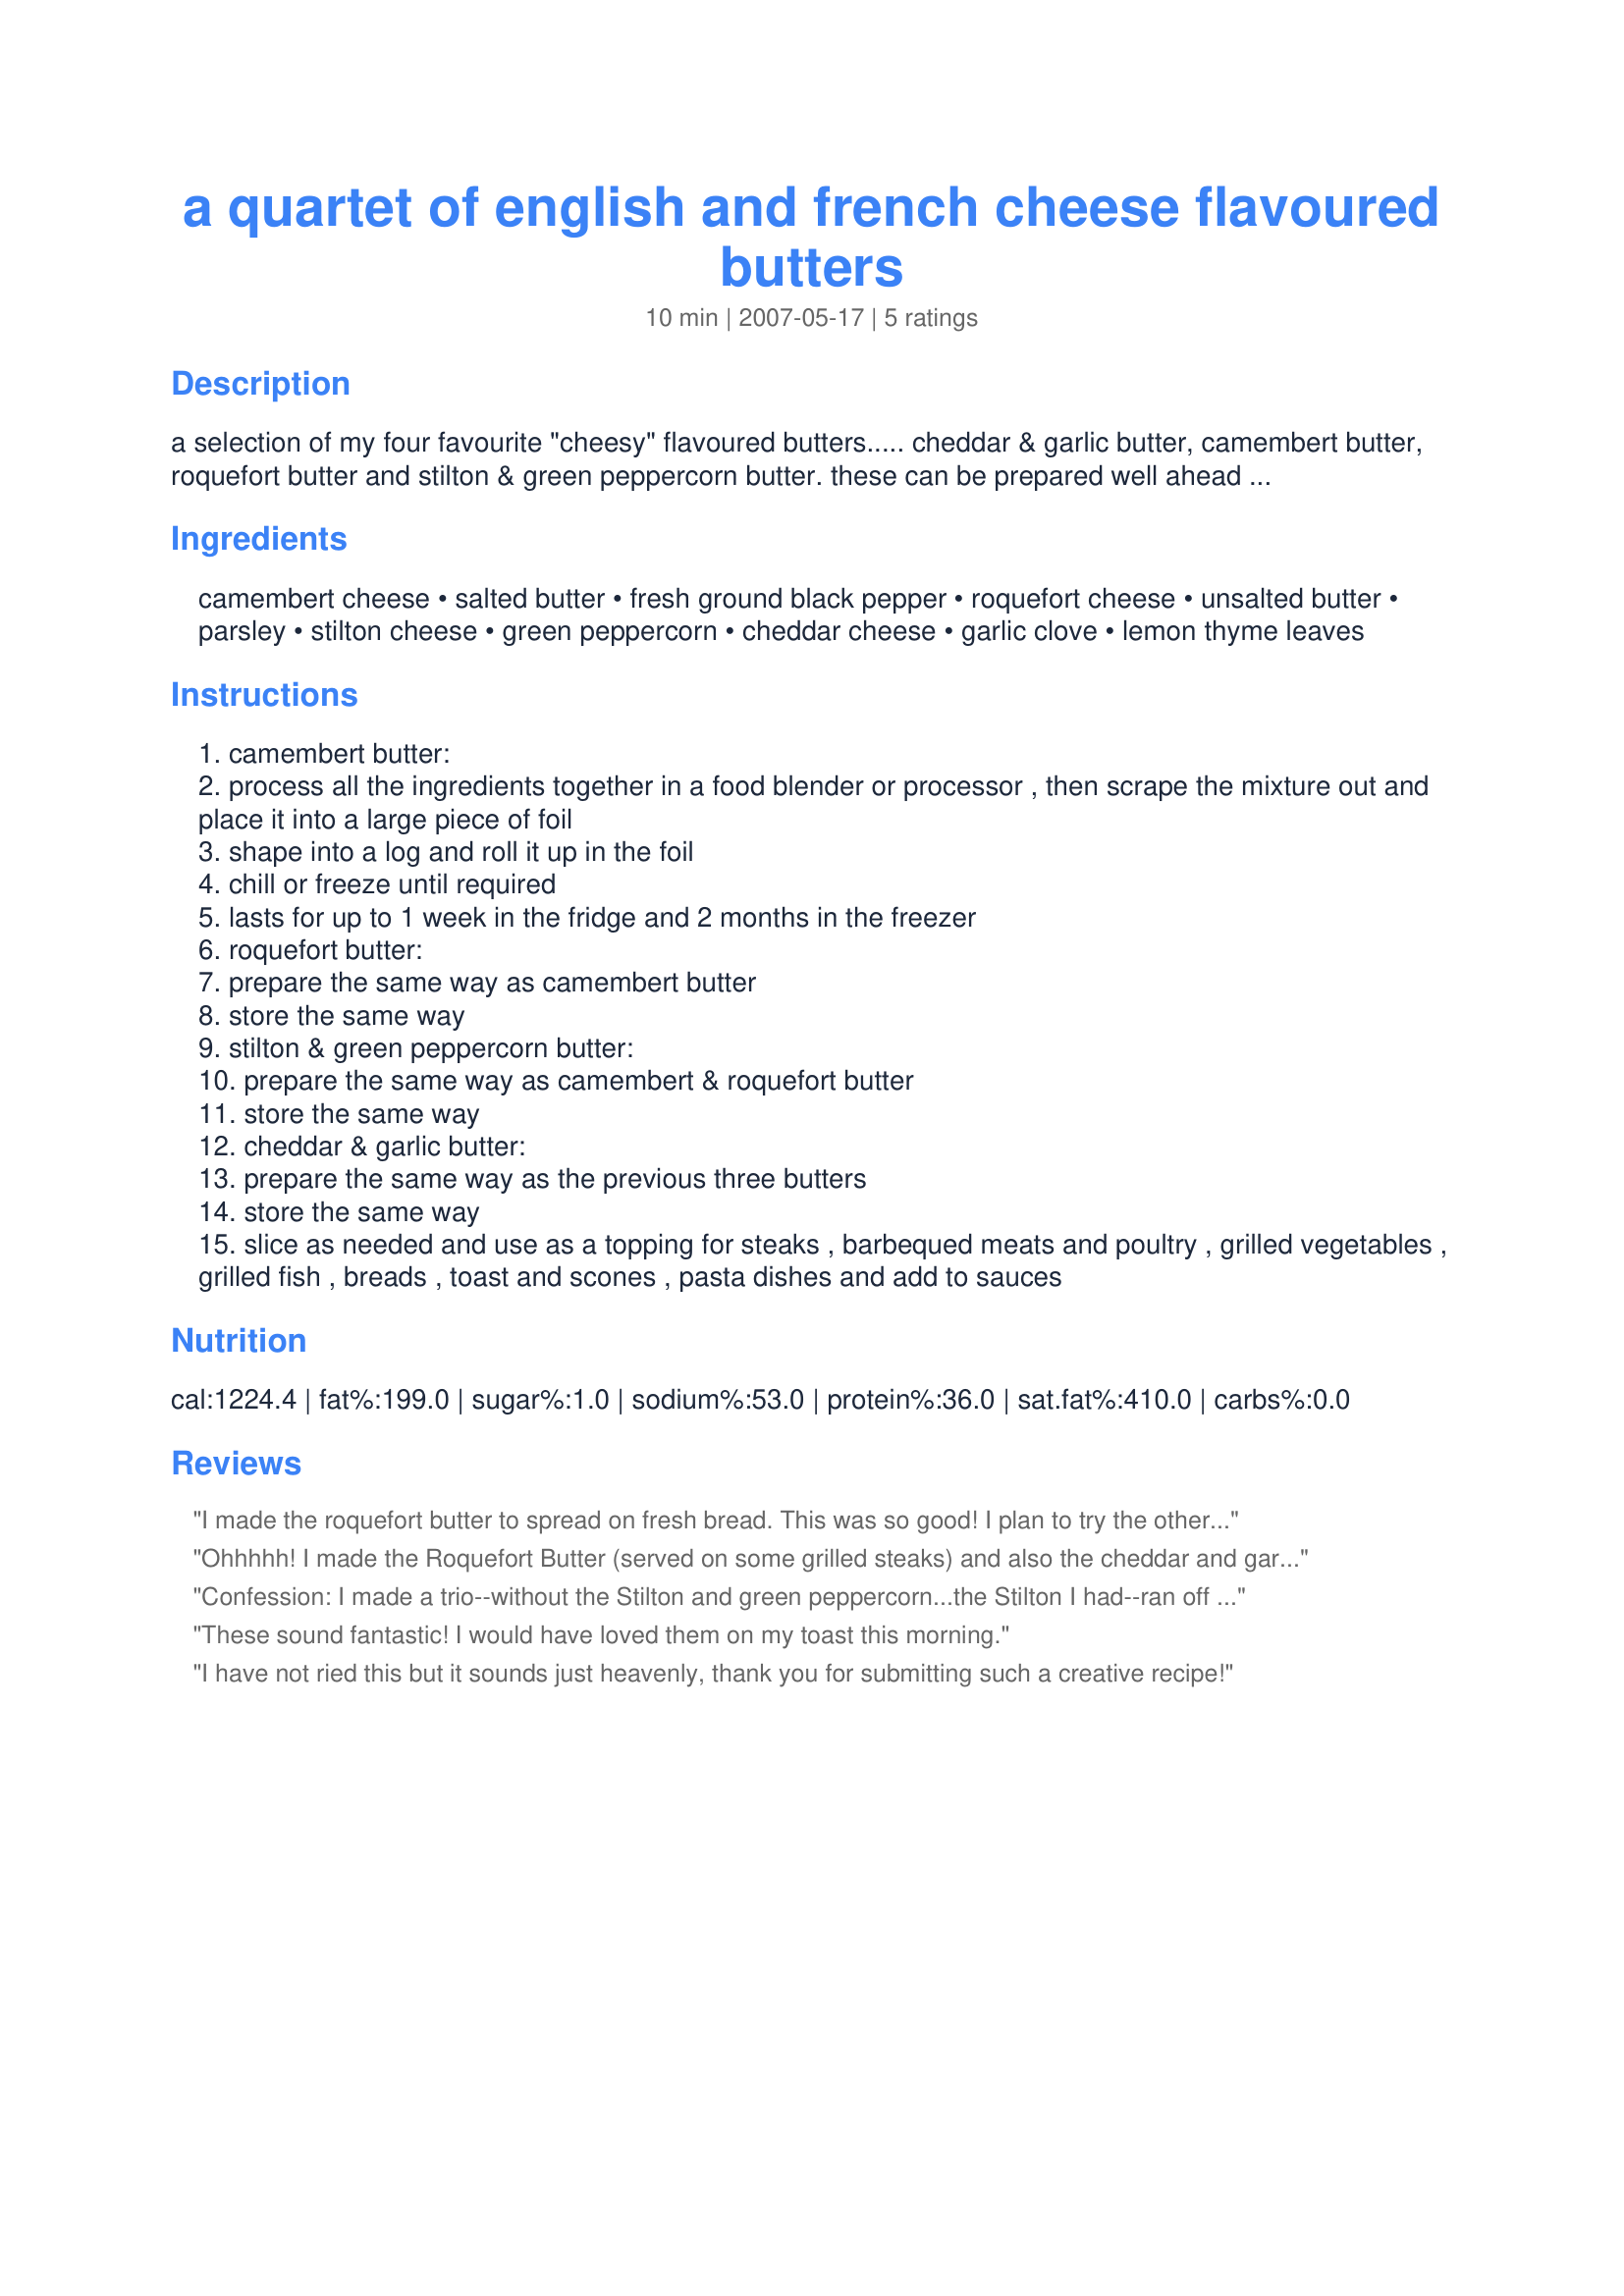
a quartet of english and french cheese flavoured butters
Preparation time: 10 minutes

a selection of my four favourite "cheesy" flavoured butters..... cheddar & garlic butter, camembert butter, roquefort butter and stilton & green peppercorn butter. these can be prepared well ahead of time and stored in the fridge or the freezer. i then cut off rounds or slices, as and when i need them. my favourite uses for these wonderful cheese butters are as toppings for steaks, grilled fish and vegetables. they are also wonderful spread and melted on ciabatta, a baguette or good artisinal bread - a meal in themselves!! i have also popped a slice or two into pasta dishes or white and any savoury sauces, for that extra cheesy zing!

Ingredients:
camembert cheese, salted butter, fresh ground black pepper, roquefort cheese, unsalted butter, parsley, stilton cheese, green peppercorn, cheddar cheese, garlic clove, lemon thyme leaves

Steps:
camembert butter:
process all the ingredients together in a food blender or processor , then scrape the mixture out and place it into a large piece of foil
shape into a log and roll it up in the foil
chill or freeze until required
lasts for up to 1 week in the fridge and 2 months in the freezer
roquefort butter:
prepare the same way as camembert butter
store the same way
stilton & green peppercorn butter:
prepare the same way as camembert & roquefort butter
store the same way
cheddar & garlic butter:
prepare the same way as the previous three butters
store the same way
slice as needed and use as a topping for steaks , barbequed meats and poultry , grilled vegetables , grilled fish , breads , toast and scones , pasta dishes and add to sauces

Reviews:
I made the roquefort butter to spread on fresh bread. This was so good! I plan to try the other recipes soon. Thank you for sharing your recipe! 

Reviewed for ZWT 3.
Ohhhhh! I made the Roquefort Butter (served on some grilled steaks) and also the cheddar and garlic butter which I put on some warm French bread...DH and I could only go yummmm all through our dinner so these butters were definately a hit! I froze some of the butters to use later but my next venture will be with the Stilton and green peppercorn. Thank you for posting! Made for Zaar Chef Alphabet Soup ~ 2014 tag game.
Confession: I made a trio--without the Stilton and green peppercorn...the Stilton I had--ran off with the butcher last weekl.LOL and I could find a replacement... However, the rest were TDF, FT!!!! Served them on crackers and Green Peppers--go figure, but delicious--with some wine (you woulda killed me if not. LOL) will use the left-overs on veggies and toasties this week... EXCELLENT!
These sound fantastic! I would have loved them on my toast this morning.
I have not ried this but it sounds just heavenly, thank you for submitting such a creative recipe!
